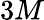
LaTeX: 3M